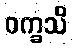
ဝက္ခသိ